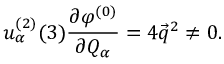
u _ { \alpha } ^ { ( 2 ) } ( 3 ) \frac { \partial \varphi ^ { ( 0 ) } } { \partial Q _ { \alpha } } = 4 \vec { q } ^ { 2 } \not = 0 .